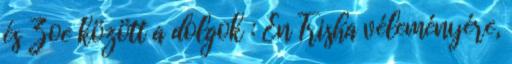
és Zoe között a dolgok : Én Trisha véleményére,